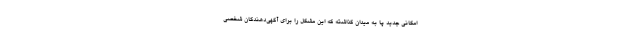
امکانی جدید پا به میدان گذاشته که این مشکل را برای آگهی‌دهندگان شخصی